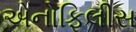
એનોફિલીસ